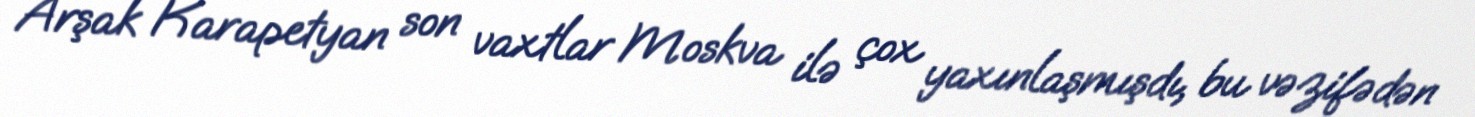
Arşak Karapetyan son vaxtlar Moskva ilə çox yaxınlaşmışdı, bu vəzifədən